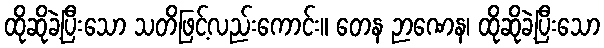
ထိုဆိုခဲ့ပြီးသော သတိဖြင့်လည်းကောင်း။ တေန ဉာဏေန၊ ထိုဆိုခဲ့ပြီးသော